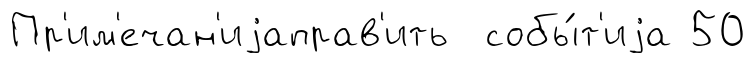
Пр'им'ечан'иjаправ'ить собы́т'иjа 50